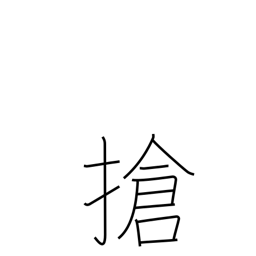
Meaning: assemble